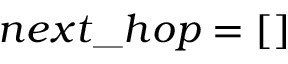
n e x t \textunderscore h o p = [ ]